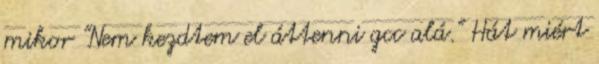
mikor "Nem kezdtem el áttenni gcc alá." Hát miért